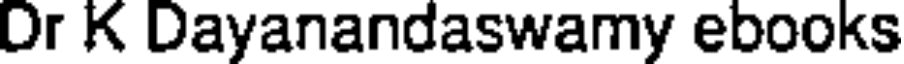
Dr K Dayanandaswamy ebooks